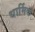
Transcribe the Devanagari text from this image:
धार्मिक